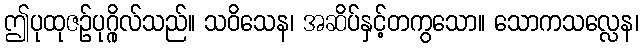
ဤပုထုဇဉ်ပုဂ္ဂိုလ်သည်။ သဝိသေန၊ အဆိပ်နှင့်တကွသော။ သောကသလ္လေန၊